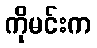
ကိုမင်းက